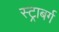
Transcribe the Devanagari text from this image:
स्ट्राबर्ग